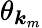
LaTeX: \theta_{\boldsymbol{k}_{m}}